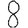
Digit: 8